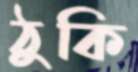
ঠুকি